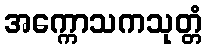
အက္ကောသကသုတ္တံ